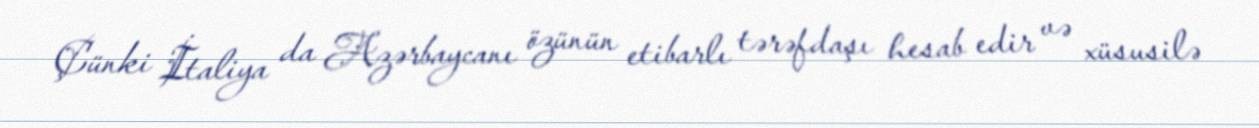
Çünki İtaliya da Azərbaycanı özünün etibarlı tərəfdaşı hesab edir və xüsusilə